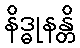
နိဒ္ဓုနန္တိ